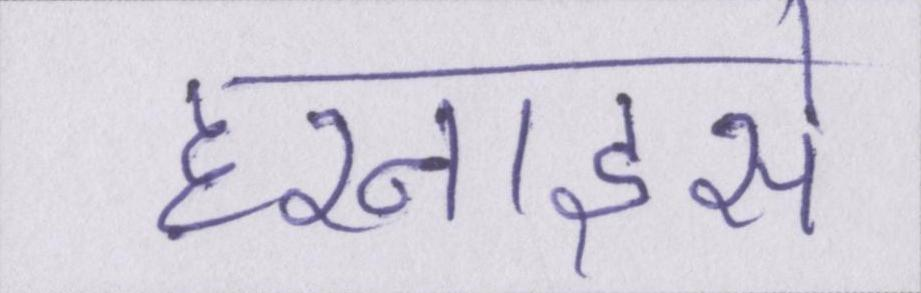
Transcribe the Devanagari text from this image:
हरनाइसे